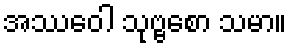
အဿဝေါ သုဗ္ဗစော သမာ။